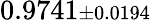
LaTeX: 0.9741{\scriptstyle\pm 0.0194}